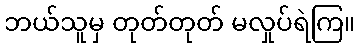
ဘယ်သူမှ တုတ်တုတ် မလှုပ်ရဲကြ။